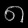
Digit: ၈